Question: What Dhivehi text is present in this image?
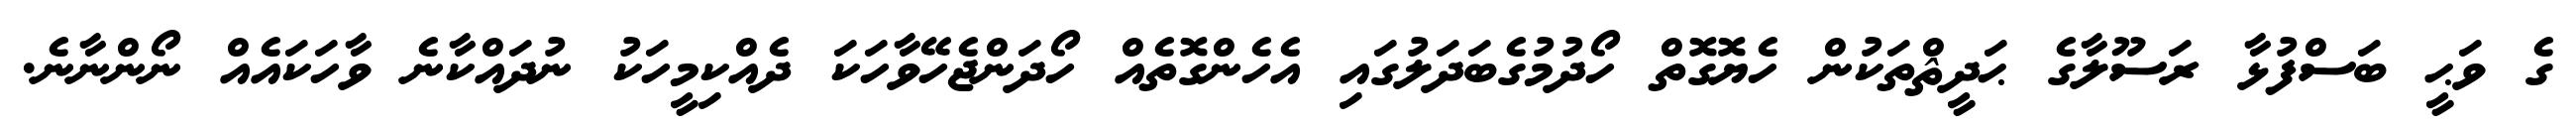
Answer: ގެ ވަޙީ ބަސްފުޅާ ރަސޫލާގެ ޙަދީޘްތަކުން ހެޔޮގޮތް ހޯދުމުގެބަދަލުގައި އެހެންގޮތެއް ހޯދަންޖެހޭވާހަކަ ދެއްކިމީހަކު ނުދައްކާނެ ވާހަކައެއް ނޯންނާނެ.